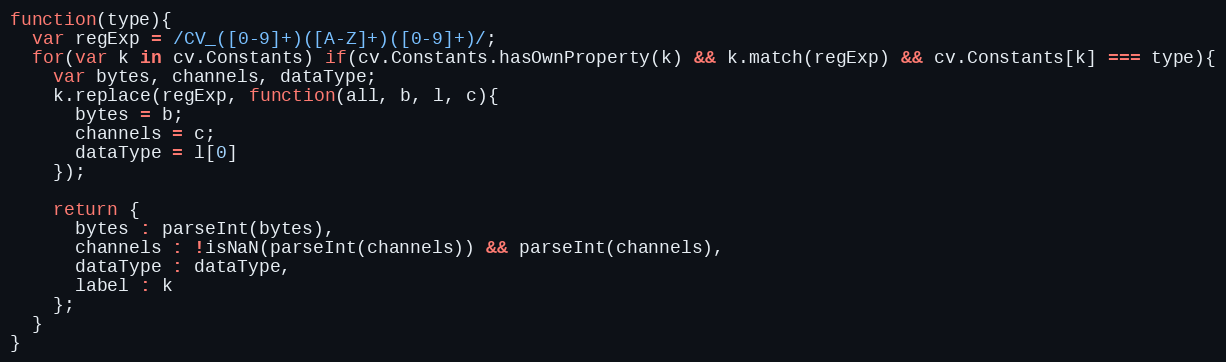
Language: JavaScript
function(type){
  var regExp = /CV_([0-9]+)([A-Z]+)([0-9]+)/;
  for(var k in cv.Constants) if(cv.Constants.hasOwnProperty(k) && k.match(regExp) && cv.Constants[k] === type){
    var bytes, channels, dataType;
    k.replace(regExp, function(all, b, l, c){
      bytes = b;
      channels = c;
      dataType = l[0]
    });

    return {
      bytes : parseInt(bytes),
      channels : !isNaN(parseInt(channels)) && parseInt(channels),
      dataType : dataType,
      label : k
    };
  }
}